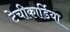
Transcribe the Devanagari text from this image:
टेचीकार्डिया